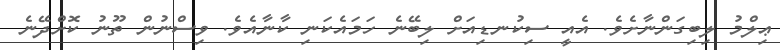
ޢިލްމު ލިބިގަންނާށެވެ. އެއީ ސިކުނޑިއަށް ލިބޭނެ ހަމައެކަނި ކާނާއެވެ. ވިސްނުން ތޫނު ކޮށްދޭނެ